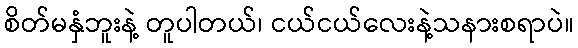
စိတ်မနှံဘူးနဲ့ တူပါတယ်၊ ငယ်ငယ်လေးနဲ့သနားစရာပဲ။